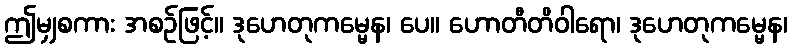
ဤမျှစကား အစဉ်ဖြင့်။ ဒုဟေတုကမ္မေန၊ ပေ။ ဟောတီတိဝါရော၊ ဒုဟေတုကမ္မေန၊